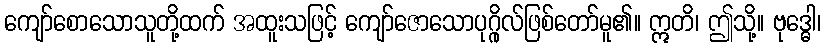
ကျော်စောသောသူတို့ထက် အထူးသဖြင့် ကျော်ဇောသောပုဂ္ဂိုလ်ဖြစ်တော်မူ၏။ ဣတိ၊ ဤသို့။ ဗုဒ္ဓေါ၊